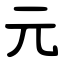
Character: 元